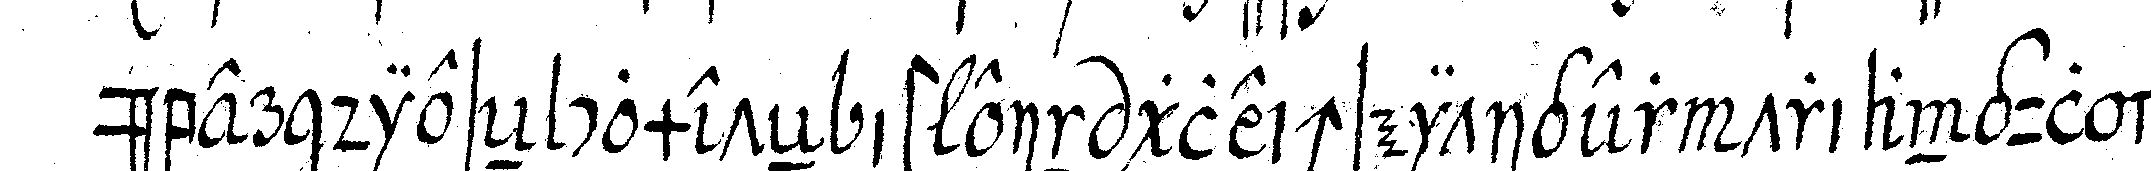
über dieseN cometeN i ist ein gleichseitiger triangul dar